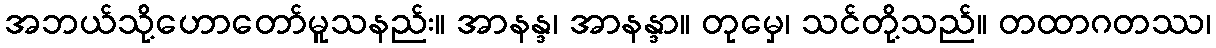
အဘယ်သို့ဟောတော်မူသနည်း။ အာနန္ဒ၊ အာနန္ဒာ။ တုမှေ၊ သင်တို့သည်။ တထာဂတဿ၊